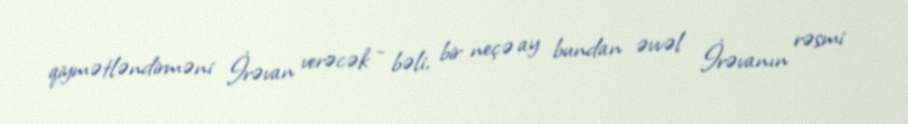
qiymətləndirməni İrəvan verəcək - bəli, bir neçə ay bundan əvvəl İrəvanın rəsmi